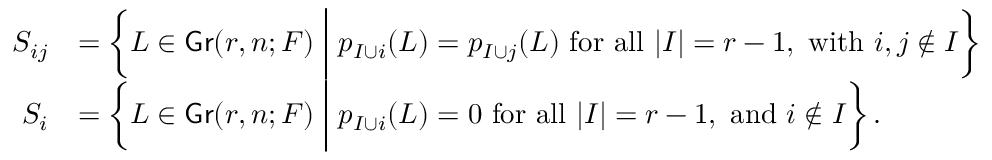
\begin{array} { r l } { S _ { i j } } & { = \left\{ L \in \mathsf { G r } ( r , n ; F ) \; \bigg | \; p _ { I \cup i } ( L ) = p _ { I \cup j } ( L ) \mathrm { ~ f o r ~ a l l ~ } | I | = r - 1 , \mathrm { ~ w i t h ~ } i , j \notin I \right\} } \\ { S _ { i } } & { = \left\{ L \in \mathsf { G r } ( r , n ; F ) \; \bigg | \; p _ { I \cup i } ( L ) = 0 \mathrm { ~ f o r ~ a l l ~ } | I | = r - 1 , \mathrm { ~ a n d ~ } i \notin I \right\} . } \end{array}